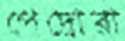
পেদ্রোরা